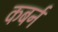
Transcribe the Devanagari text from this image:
कबर्न